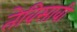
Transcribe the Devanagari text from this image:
तेविसावी